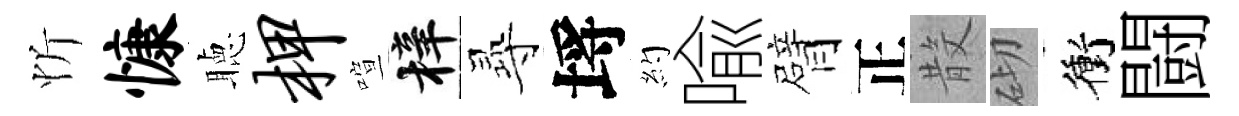
忻慷聴柙喧梓𡬶埓約喩臂正𣪚砌衝闘